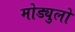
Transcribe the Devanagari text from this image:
मोड्युलो